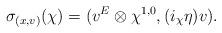
LaTeX: \begin{align*}\sigma_{(x,v)}(\chi)=(v^E\otimes\chi^{1,0},(i_\chi\eta) v).\end{align*}